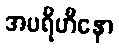
အပရိဟီနော